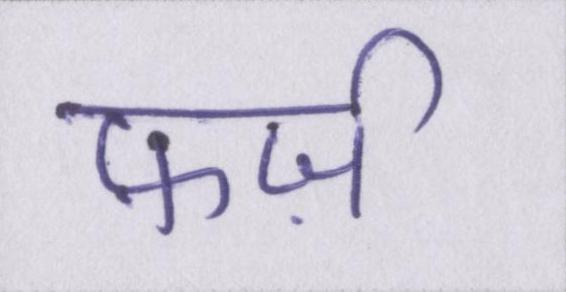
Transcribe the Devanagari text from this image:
फ़र्ज़